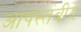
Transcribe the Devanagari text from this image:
आपस्तंबीय